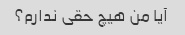
آیا من هیچ حقی ندارم؟